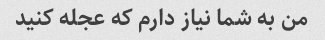
من به شما نیاز دارم که عجله کنید